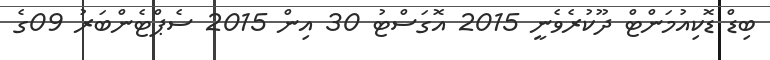
ބިޑް ޑޮކިއުމަންޓް ދޫކުރެވެނީ 2015 އޮގަސްޓު 30 އިން 2015 ސެޕްޓެންބަރު 09ގެ